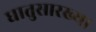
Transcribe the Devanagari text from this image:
धातुसारख्या